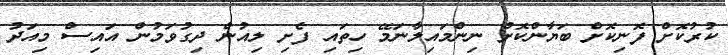
ކުރުކޮށް ފޮނިކޮށް ބަޔާންކޮށް ނިންމައިލާނަމޭ ހިތައި ފެށި ލިއުން ދިގުވަމުން އައިސް މިއަދު